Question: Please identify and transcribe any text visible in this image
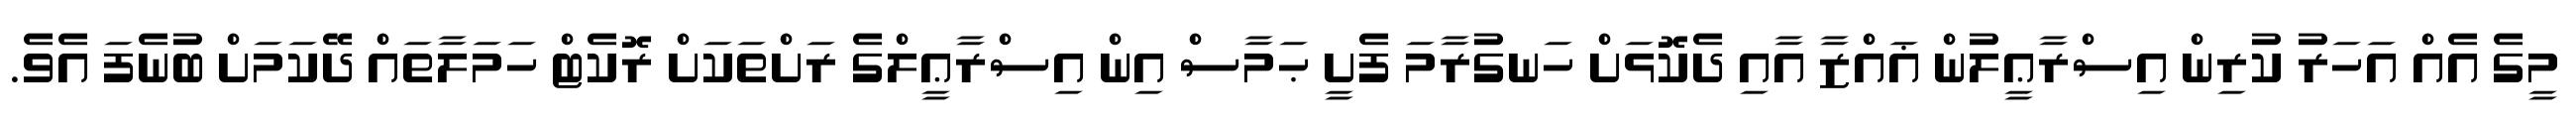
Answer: މީގެ އެއް އަހަރު ކުރިން އިސްރާޢީލުން ޣައްޒާ އާއި ދެކޮޅަށް ހަނގުރާމަ ފެށީ ޙަމާސް އިން އިސްރާޢީލްގެ ރަށްތަކަށް ރޮކެޓް ހަމަލާތައް ދޭކަމަށް ބުނެފަ އެވެ.